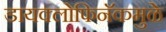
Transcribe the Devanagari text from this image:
डायक्लोफिनॅकमुळे